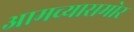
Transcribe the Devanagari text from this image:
आमच्यासमोर